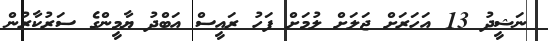
ނަޝީދު 13 އަހަރަށް ޖަލަށް ލުމަށް ފަހު ރައީސް އަބްދު ޔާމީންގެ ސަރުކާރުން